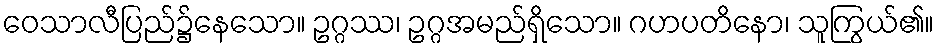
ဝေသာလီပြည်၌နေသော။ ဥဂ္ဂဿ၊ ဥဂ္ဂအမည်ရှိသော။ ဂဟပတိနော၊ သူကြွယ်၏။